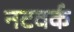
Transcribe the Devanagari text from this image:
नटवर्क